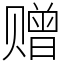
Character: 赠